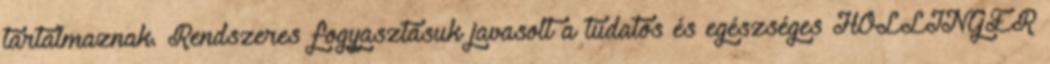
tartalmaznak. Rendszeres fogyasztásuk javasolt a tudatos és egészséges HÖLLINGER